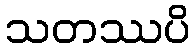
သတဿပိ